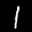
Label: 1